Vaccine operations Central Provinces & Berar 1912-1920 - 1912-1920
Year: 1912
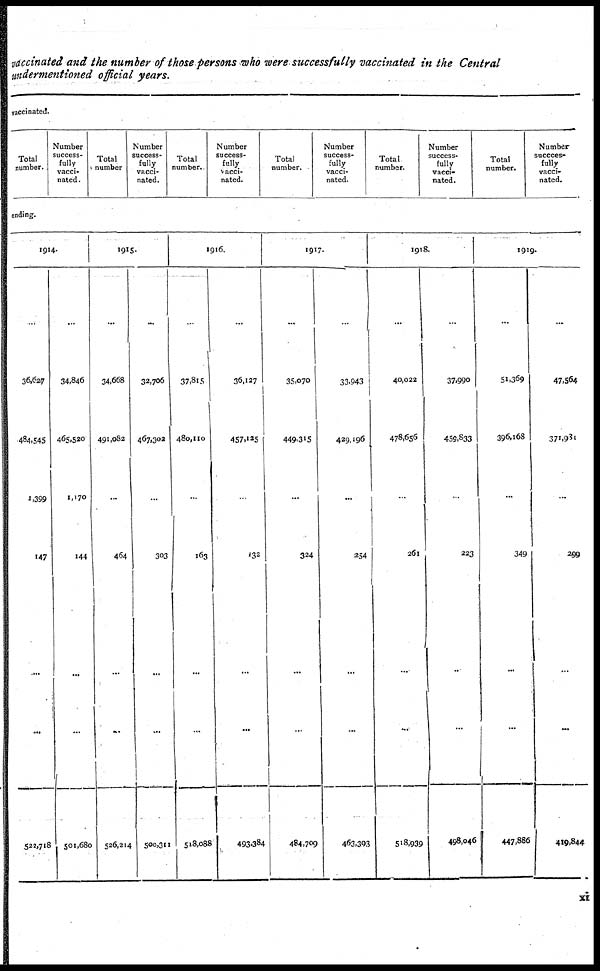
vaccinated and the number of those persons who were successfully vaccinated in the Central
undermentioned official years.
vaccinated.
Total
number.
Number
success-
fully
vacci-
nated .
Total
number
Number
success¬
fully
vacci-
nated.
Total
number.
Number
success-
fully
vacci-
nated.
Total
number.
Number
success-
fully
vacci-
nated.
Total
number.
Number
success-
fully
vacci-
nated.
Total
number.
Number
success-
fully
vacci-
nated.
ending.
1914.
...
36,627
484,545
1,399
147
....
...
522,718
...
34,846
465,520
1,170
144
...
...
501,680
1915.
...
34,668
491,082
...
464
...
...
526,214
...
32,706
467,302
...
303
...
...
500,311
1916.
...
37,815
480,110
...
163
...
...
518,088
...
36,127
457,125
...
132
...
...
493,384
1917.
...
35,070
449,315
...
324
...
...
484,709
...
33,943
429,196
...
254
...
...
463,393
1918.
...
40,022
478,656
...
261
...
...
518,939
...
37,990
459,833
...
223
...
...
498,046
1919.
...
51,369
396,168
...
349
...
...
447,886
...
47,564
371,931
...
299
...
...
419,844
xi